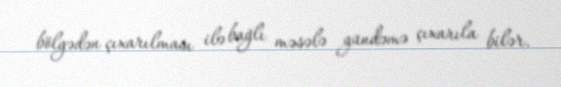
bölgədən çıxarılması ilə bağlı məsələ gündəmə çıxarıla bilər.